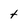
Character: t